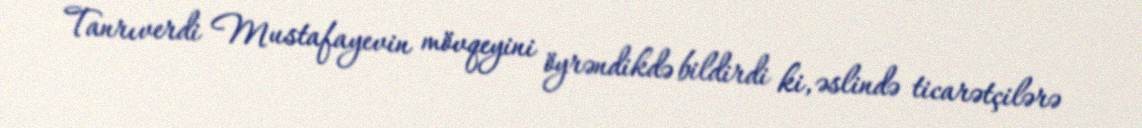
Tanrıverdi Mustafayevin mövqeyini öyrəndikdə bildirdi ki, əslində ticarətçilərə